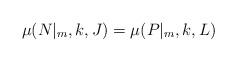
LaTeX: \begin{align*}\mu(N|_{m},k,J)=\mu(P|_{m},k,L)\end{align*}